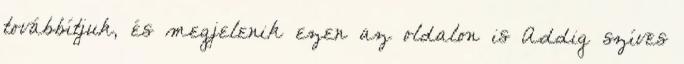
továbbítjuk, és megjelenik ezen az oldalon is Addig szíves